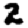
Digit: 2